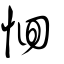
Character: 恛